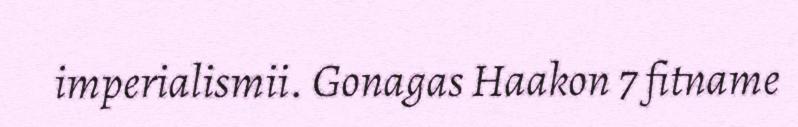
imperialismii. Gonagas Haakon 7 fitname